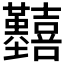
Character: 𡆒